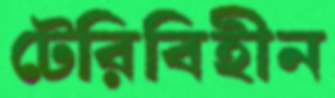
টেরিবিহীন